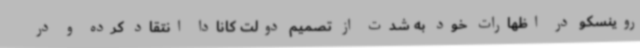
روینسکو در اظهارات خود به شدت از تصمیم دولت کانادا انتقاد کرده و در